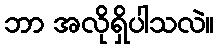
ဘာ အလိုရှိပါသလဲ။